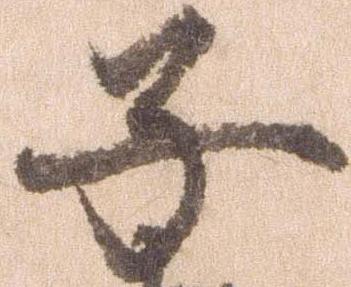
子